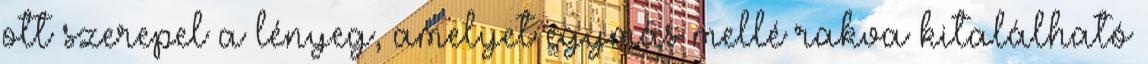
ott szerepel a lényeg, amelyet egymás mellé rakva kitalálható